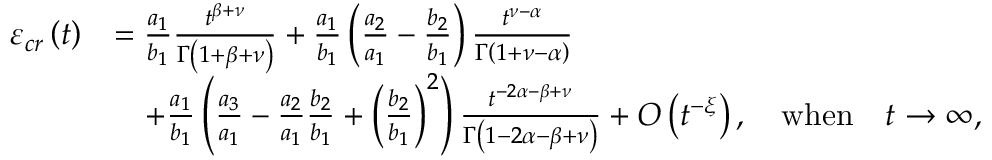
\begin{array} { r l } { \varepsilon _ { c r } \left( t \right) } & { = \frac { a _ { 1 } } { b _ { 1 } } \frac { t ^ { \beta + \nu } } { \Gamma \left( 1 + \beta + \nu \right) } + \frac { a _ { 1 } } { b _ { 1 } } \left( \frac { a _ { 2 } } { a _ { 1 } } - \frac { b _ { 2 } } { b _ { 1 } } \right) \frac { t ^ { \nu - \alpha } } { \Gamma \left( 1 + \nu - \alpha \right) } } \\ & { \quad + \frac { a _ { 1 } } { b _ { 1 } } \left( \frac { a _ { 3 } } { a _ { 1 } } - \frac { a _ { 2 } } { a _ { 1 } } \frac { b _ { 2 } } { b _ { 1 } } + \left( \frac { b _ { 2 } } { b _ { 1 } } \right) ^ { 2 } \right) \frac { t ^ { - 2 \alpha - \beta + \nu } } { \Gamma \left( 1 - 2 \alpha - \beta + \nu \right) } + O \left( t ^ { - \xi } \right) , \quad \mathrm { w h e n } \quad t \rightarrow \infty , } \end{array}